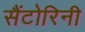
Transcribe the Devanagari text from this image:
सैंटोरिनी